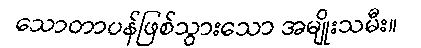
သောတာပန်ဖြစ်သွားသော အမျိုးသမီး။